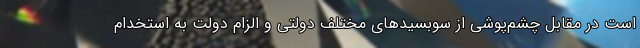
است در مقابل چشم‌پوشی از سوبسیدهای مختلف دولتی و الزام دولت به استخدام